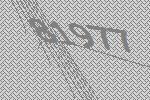
81977